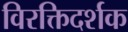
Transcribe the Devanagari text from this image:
विरक्तिदर्शक